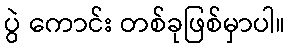
ပွဲ ကောင်း တစ်ခုဖြစ်မှာပါ။